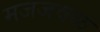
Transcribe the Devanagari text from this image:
मजजवळ